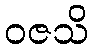
ဝဇသိ